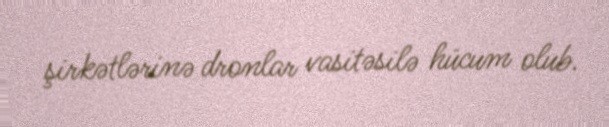
şirkətlərinə dronlar vasitəsilə hücum olub.